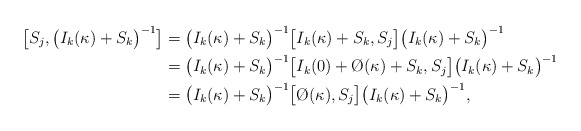
\begin{align*}\big[S_j,\big(I_k(\kappa)+S_k\big)^{-1}\big]&=\big(I_k(\kappa)+S_k\big)^{-1}\big[I_k(\kappa)+S_k,S_j\big]\big(I_k(\kappa)+S_k\big)^{-1}\\&=\big(I_k(\kappa)+S_k\big)^{-1}\big[I_k(0)+\O(\kappa)+S_k,S_j\big]\big(I_k(\kappa)+S_k\big)^{-1}\\&=\big(I_k(\kappa)+S_k\big)^{-1}\big[\O(\kappa),S_j\big]\big(I_k(\kappa)+S_k\big)^{-1},\end{align*}